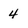
Character: 4